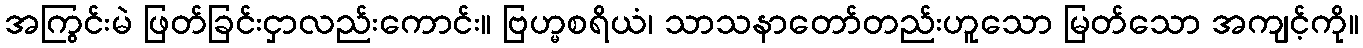
အကြွင်းမဲ ဖြတ်ခြင်းငှာလည်းကောင်း။ ဗြဟ္မစရိယံ၊ သာသနာတော်တည်းဟူသော မြတ်သော အကျင့်ကို။